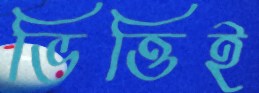
ভিত্তিই